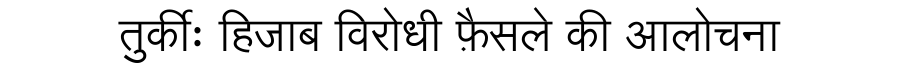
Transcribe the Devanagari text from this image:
तुर्कीः हिजाब विरोधी फ़ैसले की आलोचना